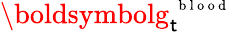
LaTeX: {\boldsymbolg}_{\mathsf{t}}^{\mathrm{{~\scriptsize~b~l~o~o~d~}}}